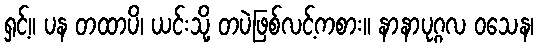
ရှင့်။ ပန တထာပိ၊ ယင်းသို့ တပဲဖြစ်လင့်ကစား။ နာနာပုဂ္ဂလ ဝသေန၊